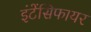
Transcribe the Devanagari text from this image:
इंटेंसिफायर